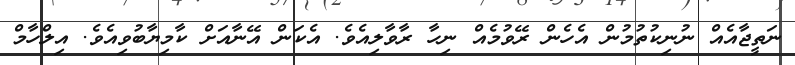
ނަތީޖާއެއް ނުނިކުތުމުން އެހެން ރޭވުމެއް ނިހާ ރާވާލިއެވެ. އެކަން އޭނާއަށް ކާމިޔާބުވިއެވެ. އިލްހާމް